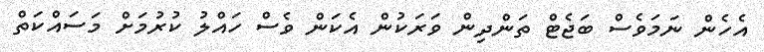
އެހެން ނަމަވެސް ބަޖެޓް ތަންދިން ވަރަކުން އެކަން ވެސް ހައްލު ކުރުމަށް މަސައްކަތް